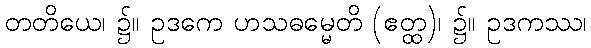
တတိယေ၊ ၌။ ဥဒကေ ဟသဓမ္မေတိ (ဧတ္ထ)၊ ၌။ ဥဒကဿ၊